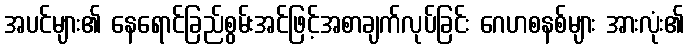
အပင်များ၏ နေရောင်ခြည်စွမ်းအင်ဖြင့်အစာချက်လုပ်ခြင်း ဂေဟစနစ်များ အားလုံး၏